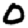
Digit: 0